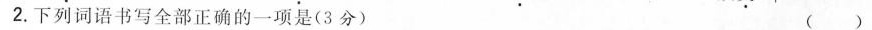
2.下列词语书写全部正确的一项是(3分) ( )